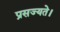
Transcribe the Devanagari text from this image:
प्रसज्यते।